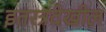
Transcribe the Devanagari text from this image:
इतरत्रदेखील